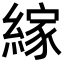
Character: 𦃲